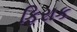
ફિરાક